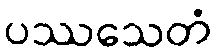
ပဿသေတံ